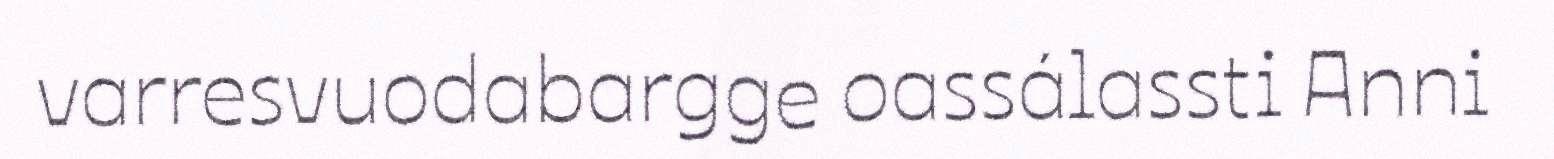
varresvuodabargge oassálassti Anni